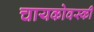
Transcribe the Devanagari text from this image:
चायकोवस्की